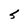
Character: S